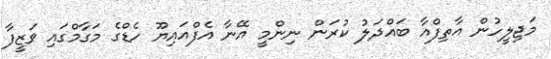
މަޖިލީހުން އާތިފްއާ ބައްދަލު ކުރަން ނިންމީ އޭނާ އެފްއައިޔޫ ހެޑްގެ މަގާމްގައި ވަޒީފާ